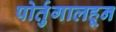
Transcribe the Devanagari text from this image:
पोर्तुगालहून